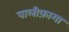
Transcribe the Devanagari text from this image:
पालीफ़ागा